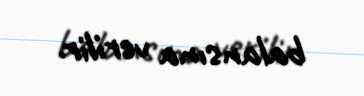
balansına verilir.